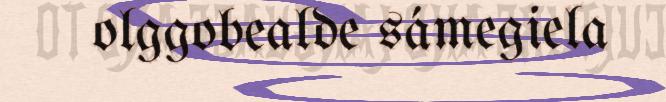
olggobealde sámegiela